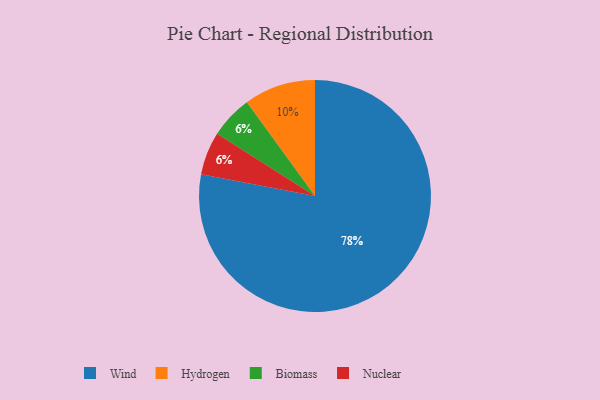
{"axis": {"x": "Category", "y": "Percentage"}, "legend": ["Biomass", "Hydrogen", "Nuclear", "Wind"], "data": [{"x": "Biomass", "y": 6, "type": "Biomass"}, {"x": "Wind", "y": 78, "type": "Wind"}, {"x": "Hydrogen", "y": 10, "type": "Hydrogen"}, {"x": "Nuclear", "y": 6, "type": "Nuclear"}]}